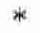
*